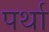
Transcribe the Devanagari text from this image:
पर्था